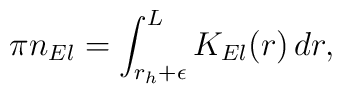
\pi n_{El} =\int _{r_{h}+\epsilon }^{L}K_{El}(r) \, dr ,